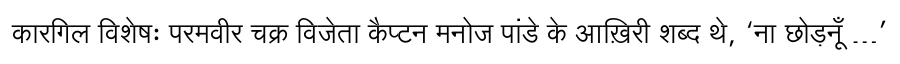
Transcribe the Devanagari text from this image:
कारगिल विशेषः परमवीर चक्र विजेता कैप्टन मनोज पांडे के आख़िरी शब्द थे, ‘ना छोड़नूँ …’